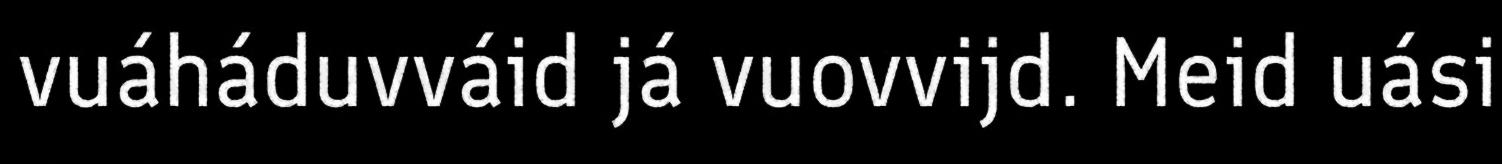
vuáháduvváid já vuovvijd. Meid uási